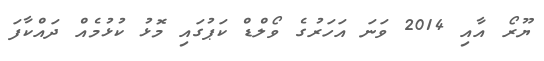
ޔޫރޯ އާއި 2014 ވަނަ އަހަރުގެ ވޯލްޑް ކަޕުގައި މޮޅު ކުޅުމެއް ދައްކާފަ